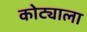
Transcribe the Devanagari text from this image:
कोट्याला